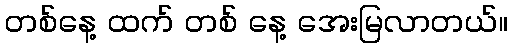
တစ်နေ့ ထက် တစ် နေ့ အေးမြလာတယ်။